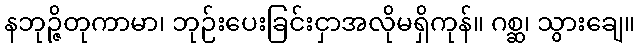
နဘုဉ္ဇိတုကာမာ၊ ဘုဉ်းပေးခြင်းငှာအလိုမရှိကုန်။ ဂစ္ဆ၊ သွားချေ။